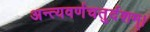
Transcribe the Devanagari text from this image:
अन्त्यवर्णचतुर्दशम्।